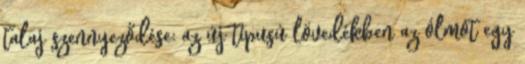
talaj szennyeződése: az új típusú lövedékben az ólmot egy